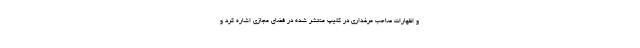
و اظهارات صاحب مرغداری در کلیپ منتشر شده در فضای مجازی اشاره کرد و